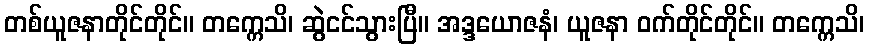
တစ်ယူဇနာတိုင်တိုင်။ တက္ကေသိ၊ ဆွဲငင်သွားပြီ။ အဒ္ဒယောဇနံ၊ ယူဇနာ ဝက်တိုင်တိုင်။ တက္ကေသိ၊